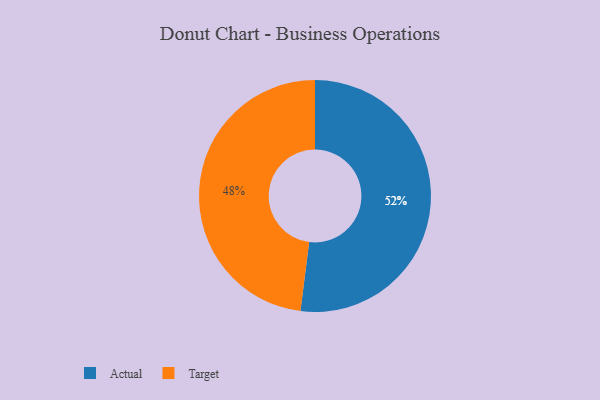
{"axis": {"x": "Category", "y": "Percentage"}, "legend": ["Actual", "Target"], "data": [{"x": "Actual", "y": 52, "type": "Actual"}, {"x": "Target", "y": 48, "type": "Target"}]}